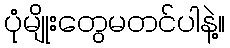
ပုံမျိုးတွေမတင်ပါနဲ့။